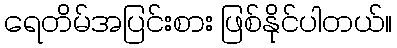
ရေတိမ်အပြင်းစား ဖြစ်နိုင်ပါတယ်။